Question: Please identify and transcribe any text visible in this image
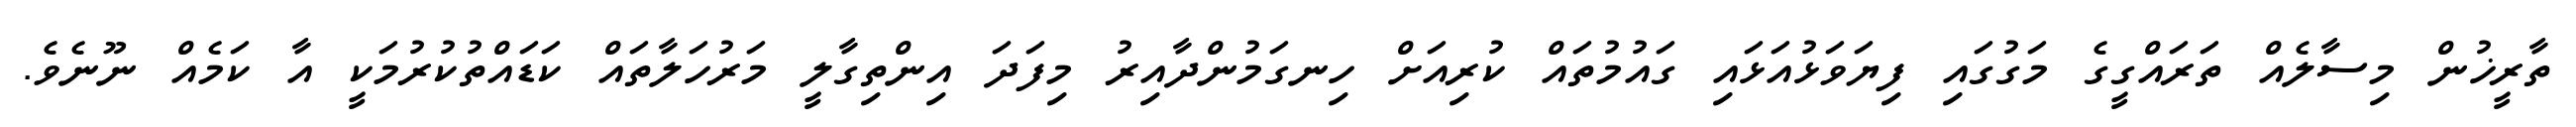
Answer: ތާރީޚުން މިސާލެއް ތަރައްގީގެ މަގުގައި ފިޔަވަޅުއަޅައި ގައުމުތައް ކުރިއަށް ހިނގަމުންދާއިރު މިފަދަ އިންތިގާލީ މަރުހަލާތައް ކަޑައްތުކުރުމަކީ އާ ކަމެއް ނޫނެވެ.